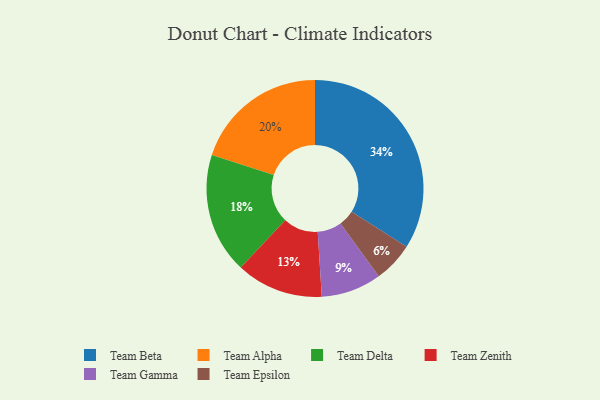
{"axis": {"x": "Category", "y": "Percentage"}, "legend": ["Team Alpha", "Team Beta", "Team Delta", "Team Epsilon", "Team Gamma", "Team Zenith"], "data": [{"x": "Team Epsilon", "y": 6, "type": "Team Epsilon"}, {"x": "Team Alpha", "y": 20, "type": "Team Alpha"}, {"x": "Team Beta", "y": 34, "type": "Team Beta"}, {"x": "Team Zenith", "y": 13, "type": "Team Zenith"}, {"x": "Team Gamma", "y": 9, "type": "Team Gamma"}, {"x": "Team Delta", "y": 18, "type": "Team Delta"}]}